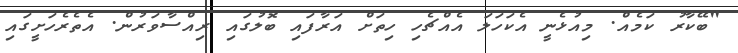
"ބޭކާރު ކަމެއް. މިއުޅެނީ އެކަހަލަ އެއްޗެހި ހިތަށް އަރާފައި ބޮލުގައި ރިއްސާވަރުން. އެތެރެހަށީގައި